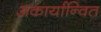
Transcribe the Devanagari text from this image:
अकार्यान्वित